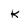
Character: K